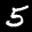
Label: 5